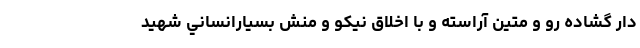
دار گشاده رو و متين آراسته و با اخلاق نيكو و منش بسيارانساني شهيد